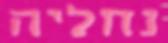
נחליה